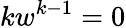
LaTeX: kw^{k-1}=0